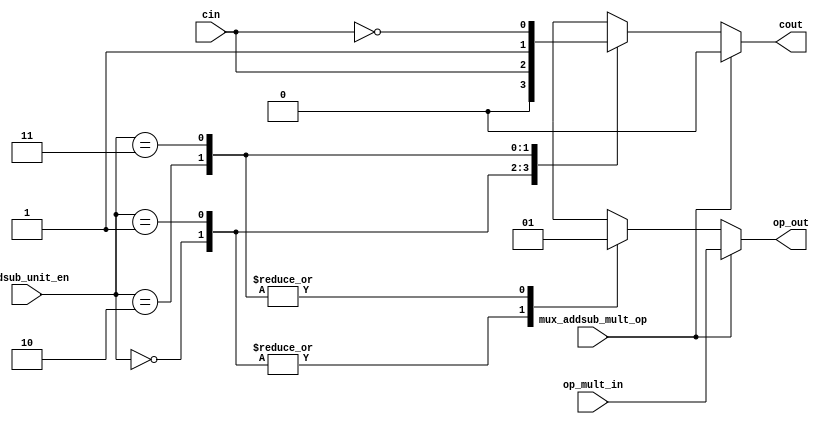
`timescale 1ns / 1ps
//////////////////////////////////////////////////////////////////////////////////
// Company: 
// Engineer: 
// 
// Design Name: 
// Module Name:    op_mux 
// Project Name: 
// Target Devices: 
// Tool versions: 
// Description: 
//
// Dependencies: 
//
// Revision: 
// Revision 0.01 - File Created
// Additional Comments: 
//
//////////////////////////////////////////////////////////////////////////////////
module op_mux(
input mux_addsub_mult_op,//
input[1:0] addsub_unit_en,//
input op_mult_in,//op
input cin,//
output reg op_out,
output reg cout
    );
//reg op_out;
//reg cout;
always@(*)
	begin
		if(!mux_addsub_mult_op)
			case(addsub_unit_en)
				2'b00://
					begin
						op_out<=1'b0;
						cout<=1'b0;
					end
				2'b01://
					begin
						op_out<=1'b0;
						cout<=cin;
					end
				2'b10://
					begin
						op_out<=1'b1; 
						cout<=1'b1;
					end
				2'b11://
					begin
						op_out<=1'b1;
						cout<=~cin;
					end
					default:
						begin
							op_out<=1'b0;
							cout<=1'b0;
						end
				endcase
			else
				begin
					op_out<=op_mult_in; 
					cout<=1'b0;
				end
		end
endmodule